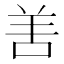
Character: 𠲘